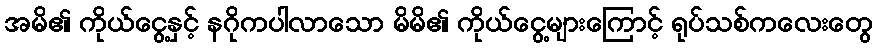
အမိ၏ ကိုယ်ငွေ့နှင့် နဂိုကပါလာသော မိမိ၏ ကိုယ်ငွေ့များကြောင့် ရုပ်သစ်ကလေးတွေ